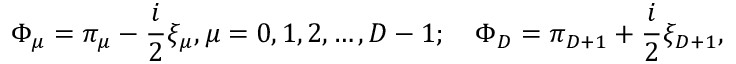
\Phi _ { \mu } = \pi _ { \mu } - \frac { i } { 2 } \xi _ { \mu } , \mu = 0 , 1 , 2 , \ldots , D - 1 ; \quad \Phi _ { D } = \pi _ { D + 1 } + \frac { i } { 2 } \xi _ { D + 1 } , \nonumber \,